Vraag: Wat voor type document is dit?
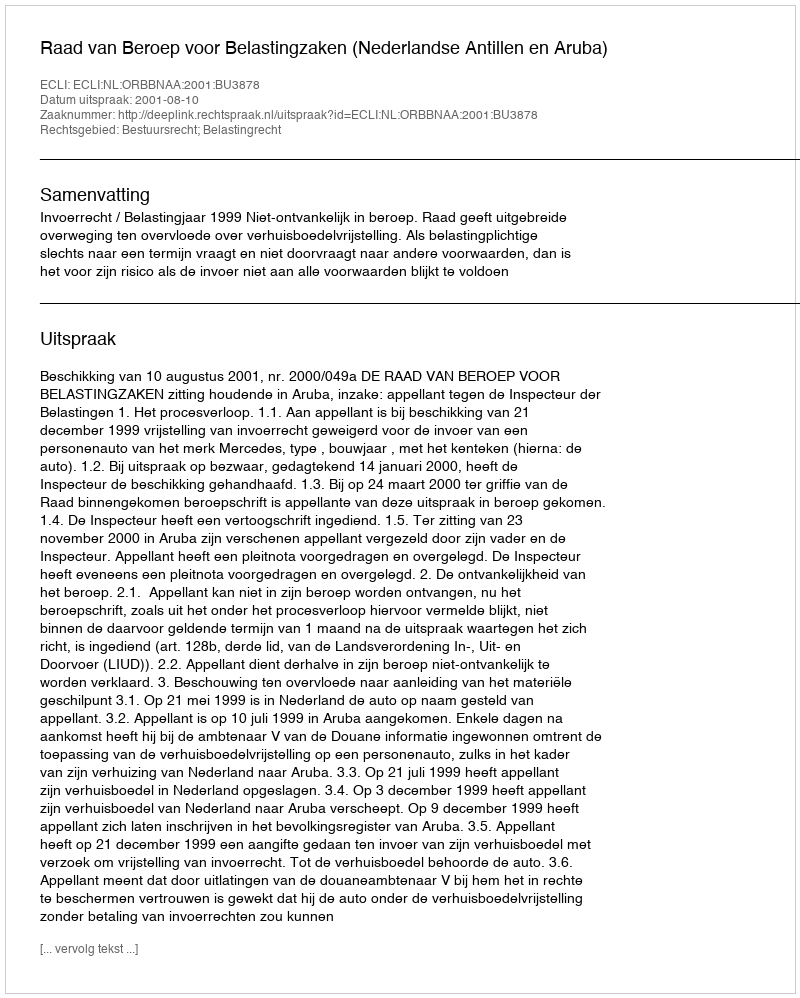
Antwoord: Uitspraak